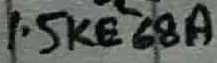
Text: 1.5KE68A